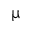
\upmu